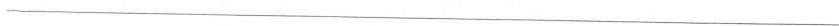
___